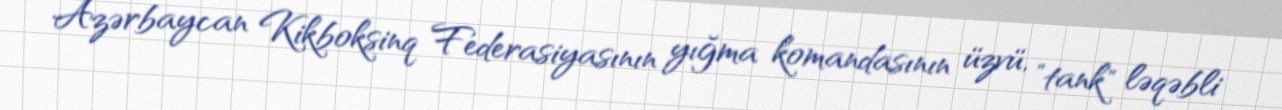
Azərbaycan Kikboksinq Federasiyasının yığma komandasının üzvü, "tank" ləqəbli